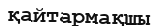
қайтармақшы